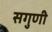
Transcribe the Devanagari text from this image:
सगुणी